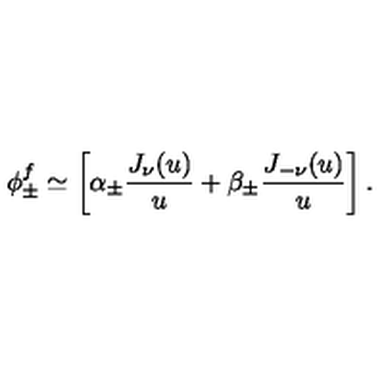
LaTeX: \phi _ { \pm } ^ { f } \simeq \left[ \alpha _ { \pm } { \frac { J _ { \nu } ( u ) } { u } } + \beta _ { \pm } { \frac { J _ { - \nu } ( u ) } { u } } \right] .